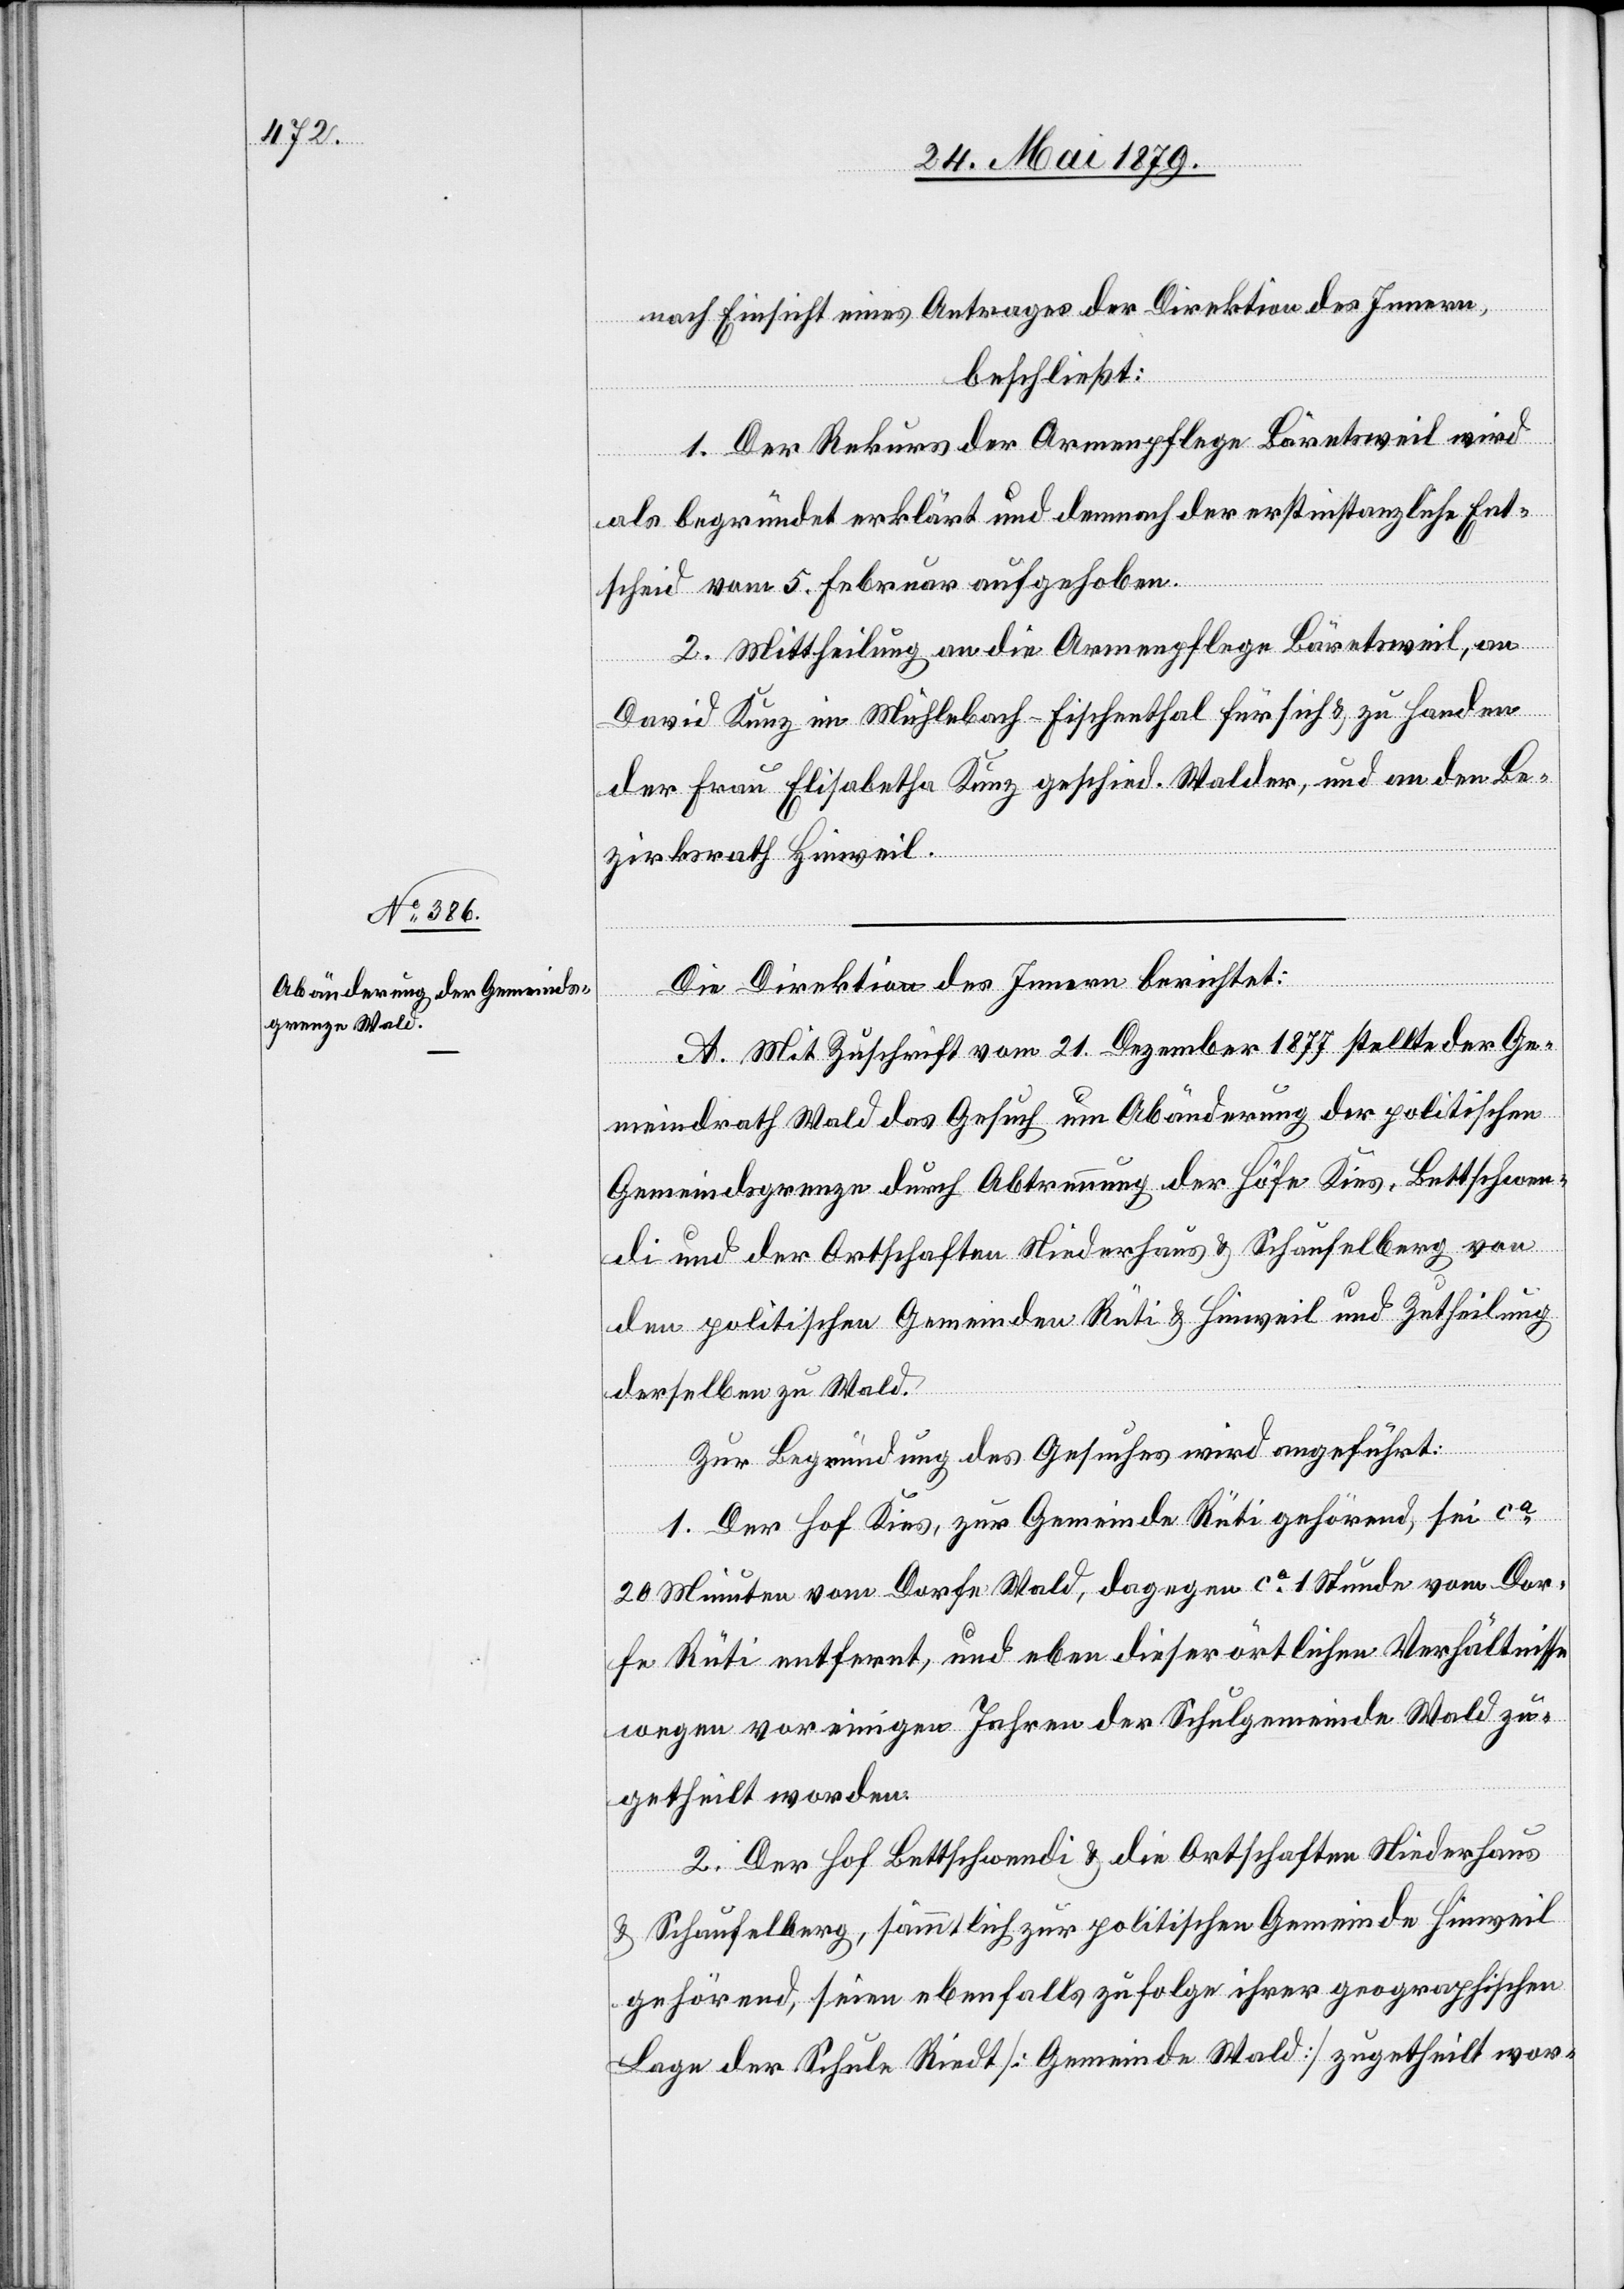
Die Direktion des Innern berichtet:
A. Mit Zuschrift vom 21. Dezember 1877 stellte der Ge¬
meindrath Wald das Gesuch um Abänderung der politischen
Gemeindsgrenze durch Abtrennung der Höfe Kies, Bettschwen¬
di und der Ortschaften Niederhaus & Schaufelberg von
den politischen Gemeinden Rüti & Hinweil und Zutheilung
derselben zu Wald.
Zur Begründung des Gesuches wird angeführt:
1. Der Hof Kies, zur Gemeinde Rüti gehörend, sei ca
20 Minuten vom Dorfe Wald, dagegen ca 1 Stunde vom Dor¬
fe Rüti entfernt, und eben dieser örtlichen Verhältnisse
wegen vor einigen Jahren der Schulgemeinde Wald zu¬
getheilt worden.
2. Der Hof Bettschwendi & die Ortschaften Niederhaus
& Schaufelberg, sämtlich zur politischen Gemeinde Hinweil
gehörend, seien ebenfalls zufolge ihrer geographischen
Lage der Schule Riedt [Gemeinde Wald] zugetheilt wor-